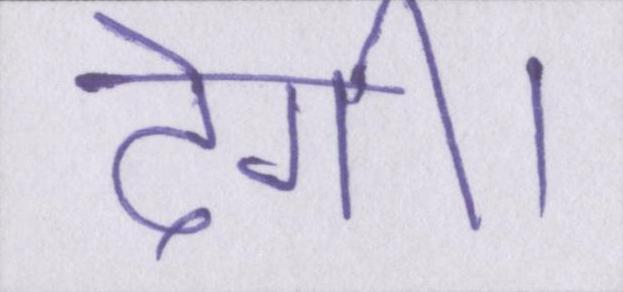
देगी।